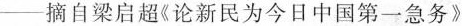
-摘自梁启超《论新民为今日中国第一急务》